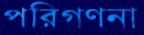
পরিগণনা